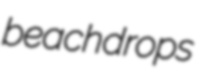
beachdrops